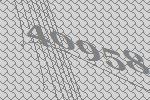
40958